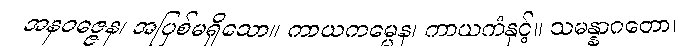
အနဝဇ္ဇေန၊ အပြစ်မရှိသော။ ကာယကမ္မေန၊ ကာယကံနှင့်။ သမန္နာဂတော၊